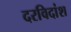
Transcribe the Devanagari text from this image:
दरविदांश